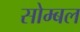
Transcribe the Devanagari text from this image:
सोम्बल